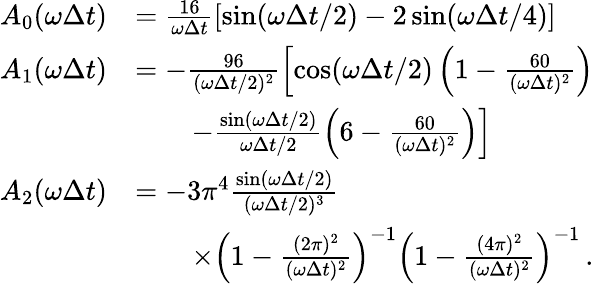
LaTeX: \begin{array}{rl}{A_{0}(\omega\Delta t)}&{=\frac{16}{\omega\Delta t}\left[\sin(\omega\Delta t/2)-2\sin(\omega\Delta t/4)\right]}\\ {A_{1}(\omega\Delta t)}&{=-\frac{96}{(\omega\Delta t/2)^{2}}\left[\cos(\omega\Delta t/2)\left(1-\frac{60}{(\omega\Delta t)^{2}}\right)\right.}\\ &{\qquad\left.-\frac{\sin(\omega\Delta t/2)}{\omega\Delta t/2}\left(6-\frac{60}{(\omega\Delta t)^{2}}\right)\right]}\\ {A_{2}(\omega\Delta t)}&{=-3\pi^{4}\frac{\sin(\omega\Delta t/2)}{(\omega\Delta t/2)^{3}}}\\ &{\qquad\times\left(1-\frac{(2\pi)^{2}}{(\omega\Delta t)^{2}}\right)^{-1}\left(1-\frac{(4\pi)^{2}}{(\omega\Delta t)^{2}}\right)^{-1}\, .}\end{array}